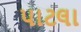
પાટલા